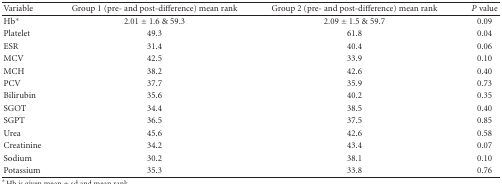
| Variable | Group 1 (pre- and post-difference) mean rank | Group 2 (pre- and post-difference) mean rank | P value |
 | --- | --- | --- | --- |
 | Hb* | 2.01 ± 1.6 & 59.3 | 2.09 ± 1.5 & 59.7 | 0.09 |
 | Platelet | 49.3 | 61.8 | 0.04 |
 | ESR | 31.4 | 40.4 | 0.06 |
 | MCV | 42.5 | 33.9 | 0.10 |
 | MCH | 38.2 | 42.6 | 0.40 |
 | PCV | 37.7 | 35.9 | 0.73 |
 | Bilirubin | 35.6 | 40.2 | 0.35 |
 | SGOT | 34.4 | 38.5 | 0.40 |
 | SGPT | 36.5 | 37.5 | 0.85 |
 | Urea | 45.6 | 42.6 | 0.58 |
 | Creatinine | 34.2 | 43.4 | 0.07 |
 | Sodium | 30.2 | 38.1 | 0.10 |
 | Potassium | 35.3 | 33.8 | 0.76 |